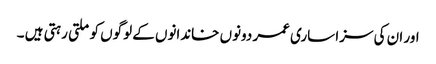
اور ان کی سزا ساری عمر دونوں خاندانوں کے لوگوں کو ملتی رہتی ہیں ۔